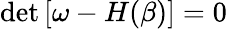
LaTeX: \operatorname*{det}\left[\omega-H(\beta)\right]=0